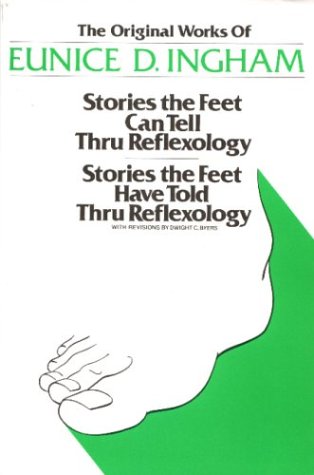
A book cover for Original Works of Eunice D. Ingham: Stories the Feet Can Tell Thru Reflexology/Stories the Feet Have Told Thru Reflexology; Eunice D. Ingham; Health, Fitness & Dieting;